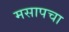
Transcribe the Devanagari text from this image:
मसापचा